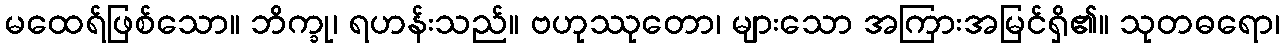
မထေရ်ဖြစ်သော။ ဘိက္ခု၊ ရဟန်းသည်။ ဗဟုဿုတော၊ များသော အကြားအမြင်ရှိ၏။ သုတဓရော၊